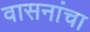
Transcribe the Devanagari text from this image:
वासनांचा